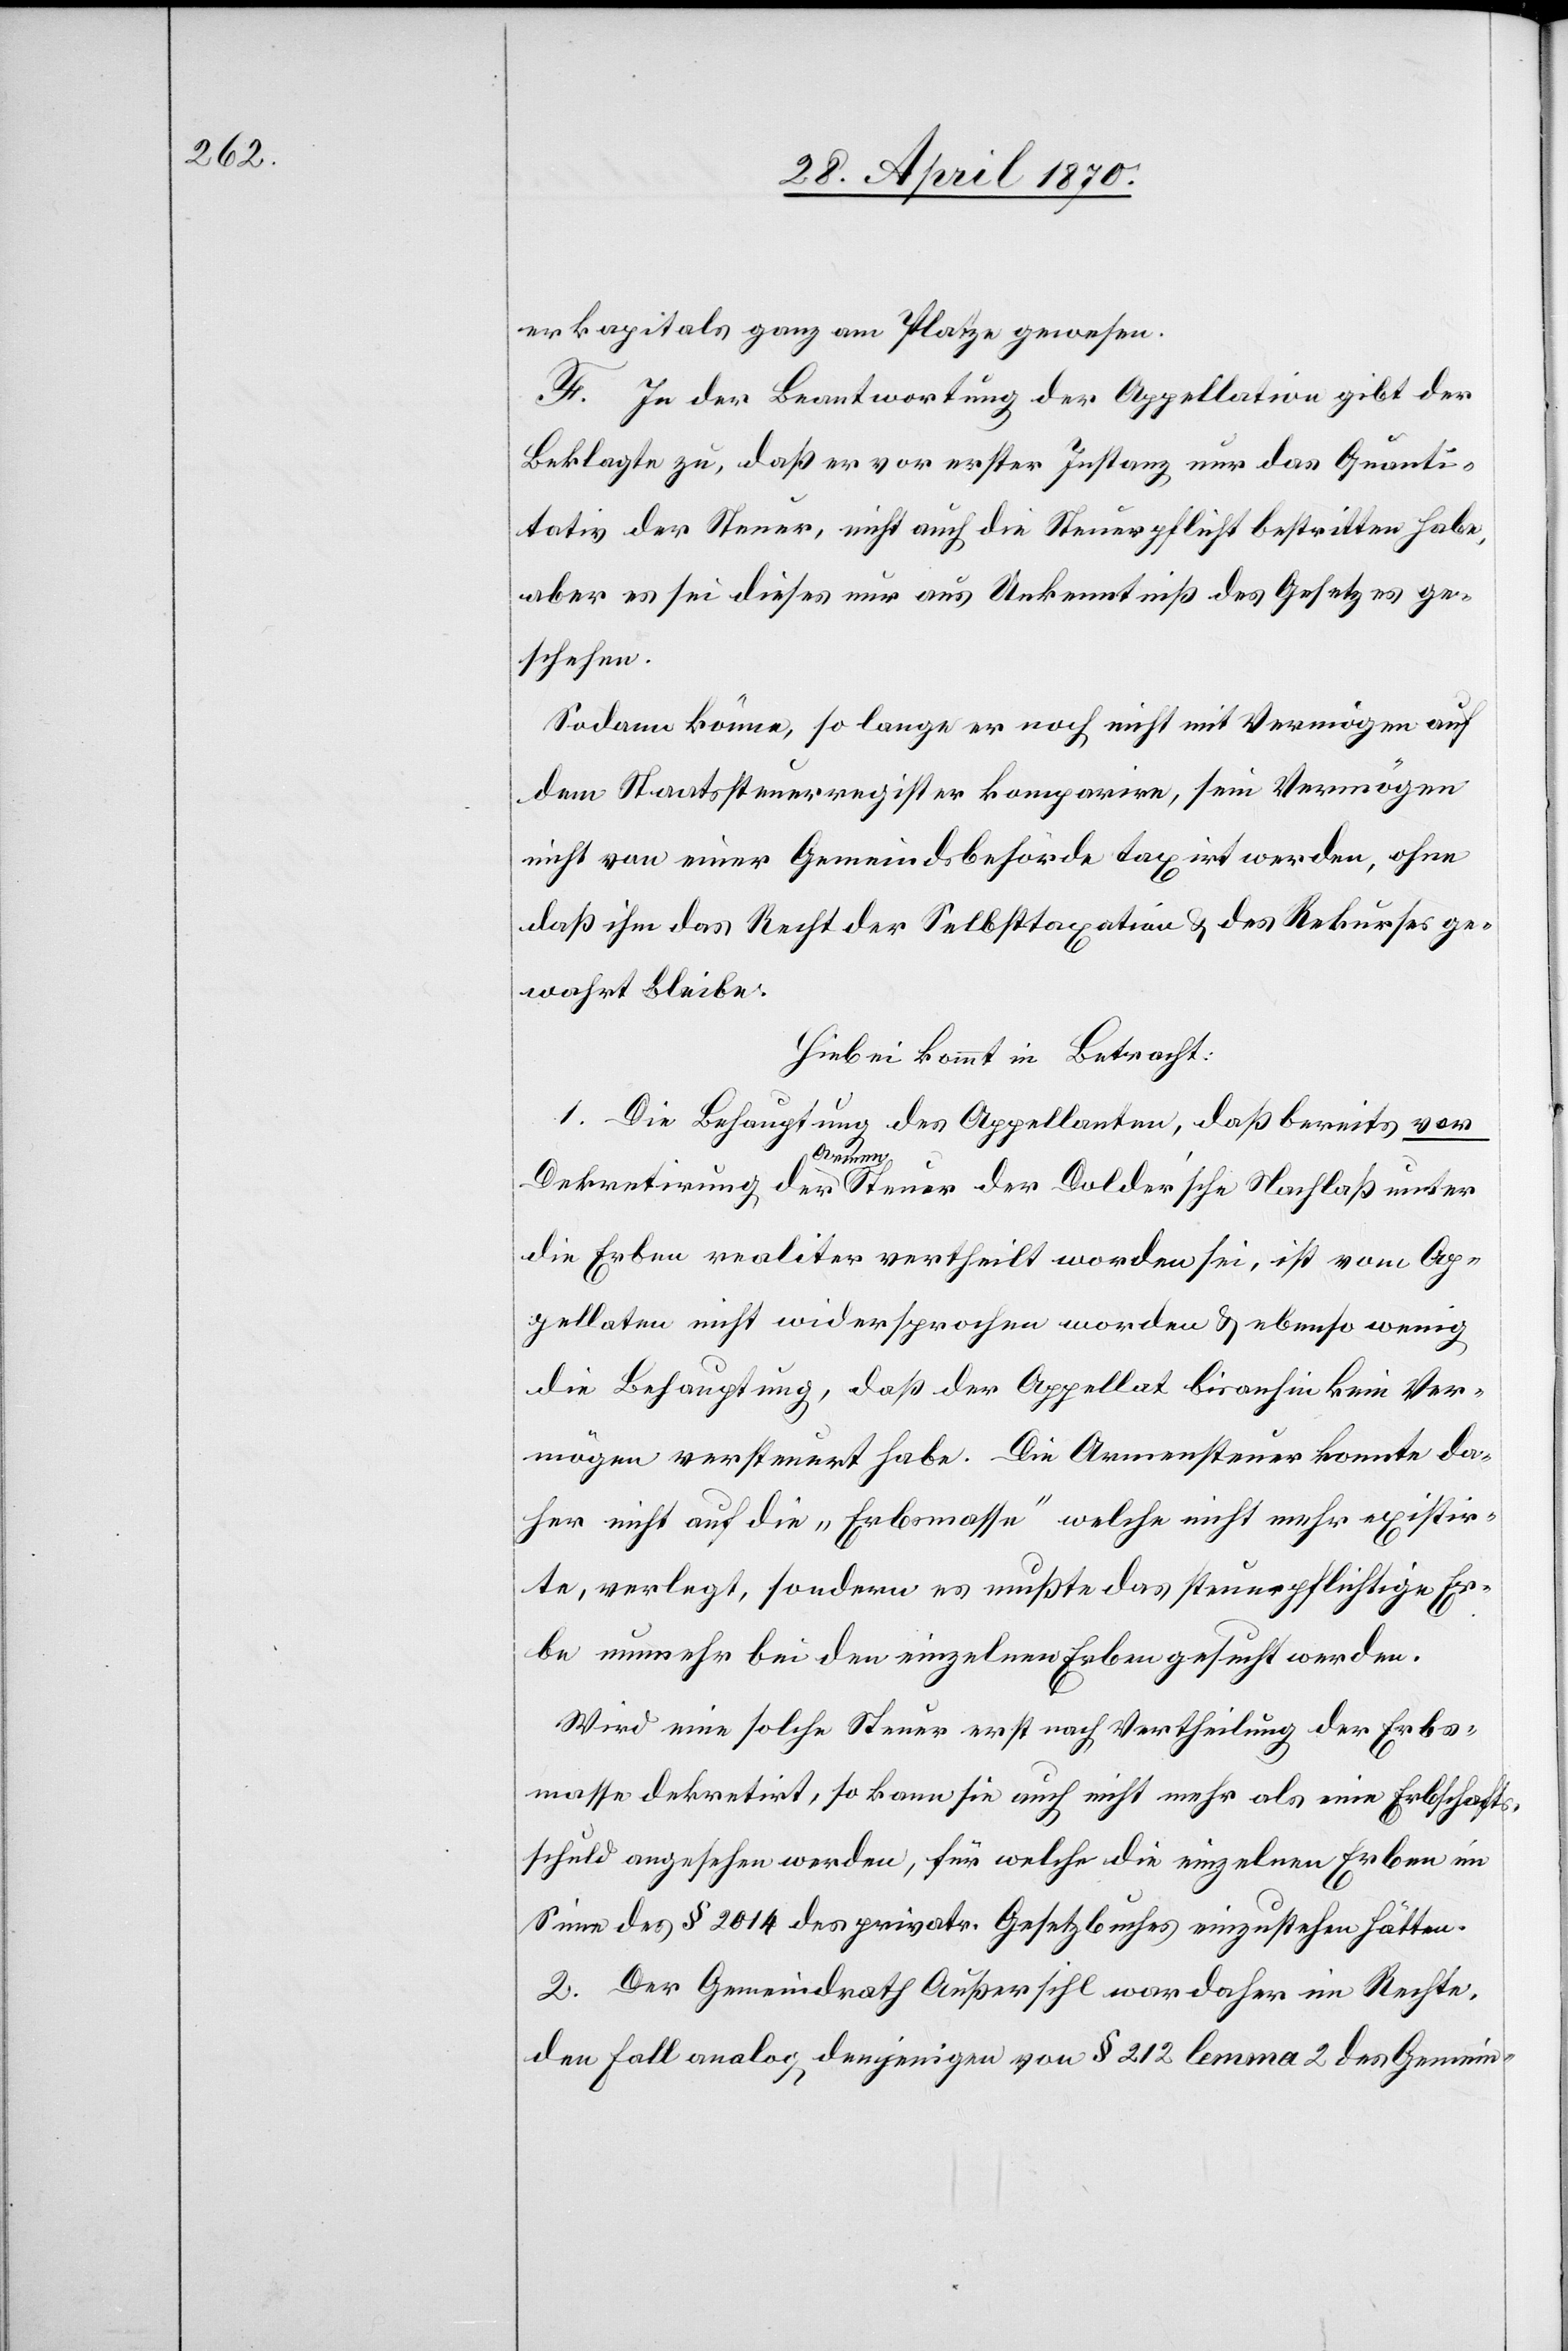
erkapitals ganz am Platze gewesen.
F. In der Beantwortung der Appellation gibt der
Beklagte zu, daß er vor erster Instanz nur das Quanti¬
tativ der Steuer, nicht auch die Steuerpflicht bestritten habe,
aber es sei dieses nur aus Unkenntniß des Gesetzes ge¬
schehen.
Sodann könne, so lange er noch nicht mit Vermögen auf
dem Staatssteuerregister komparire, sein Vermögen
nicht von einer Gemeindsbehörde taxirt werden, ohne
daß ihm das Recht des Selbsttaxation & des Rekurses ge¬
wahrt bleibe.
Hiebei kommt in Betracht:
1. Die Behauptung des Appellanten, daß bereits vor
Dekretirung der Armensteuer der Dolder’sche Nachlaß unter
die Erben realiter vertheilt worden sei, ist vom Ap¬
pellaten nicht widersprochen worden & ebenso wenig
die Behauptung, daß der Appellat bisanhin kein Ver¬
mögen versteuert habe. Die Armensteuer konnte da¬
her nicht auf die „Erbsmasse“ welche nicht mehr existir¬
te, verlegt, sondern es mußte das steuerpflichtige Er¬
be nunmehr bei den einzelnen Erben gesucht werden.
Wird eine solche Steuer erst nach Vertheilung der Erbs¬
masse dekretirt, so kann sie auch nicht mehr als eine Erbschafts¬
schuld angesehen werden, für welche die einzelnen Erben im
Sinne des § 2014 des privatr. Gesetzbuches einzustehen hätten.
2. Der Gemeindrath Außersihl war daher im Rechte,
den Fall analog denjenigen von § 212 lemma 2 des Gemein-